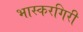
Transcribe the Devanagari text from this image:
भास्करगिरी